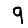
Digit: 9